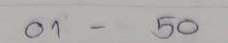
01 - 50